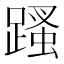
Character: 𨃣